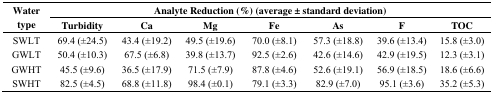
<table><thead><tr><td rowspan="2"><b>Water type</b></td><td colspan="7"><b>Analyte Reduction (%) (average ± standard deviation)</b></td></tr><tr><td><b>Turbidity</b></td><td><b>Ca</b></td><td><b>Mg</b></td><td><b>Fe</b></td><td><b>As</b></td><td><b>F</b></td><td><b>TOC</b></td></tr></thead><tbody><tr><td>SWLT</td><td>69.4 (±24.5)</td><td>43.4 (±19.2)</td><td>49.5 (±19.6)</td><td>70.0 (±8.1)</td><td>57.3 (±18.8)</td><td>39.6 (±13.4)</td><td>15.8 (±3.0)</td></tr><tr><td>GWLT</td><td>50.4 (±10.3)</td><td>67.5 (±6.8)</td><td>39.8 (±13.7)</td><td>92.5 (±2.6)</td><td>42.6 (±14.6)</td><td>42.9 (±19.5)</td><td>12.3 (±3.1)</td></tr><tr><td>GWHT</td><td>45.5 (±9.6)</td><td>36.5 (±17.9)</td><td>71.5 (±7.9)</td><td>87.8 (±4.6)</td><td>52.6 (±19.1)</td><td>56.9 (±18.5)</td><td>18.6 (±6.6)</td></tr><tr><td>SWHT</td><td>82.5 (±4.5)</td><td>68.8 (±11.8)</td><td>98.4 (±0.1)</td><td>79.1 (±3.3)</td><td>82.9 (±7.0)</td><td>95.1 (±3.6)</td><td>35.2 (±5.3)</td></tr></tbody></table>